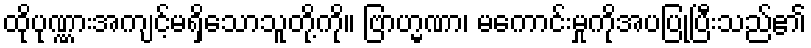
ထိုပုဏ္ဏားအကျင့်မရှိသောသူတို့ကို။ ဗြာဟ္မဏာ၊ မကောင်းမှုကိုအပပြုပြီးသည်၏